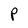
Character: P